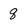
Character: q